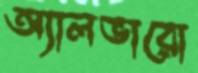
অ্যালভারো